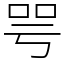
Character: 咢